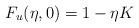
LaTeX: \begin{align*}F_u(\eta,0)=1- \eta K\end{align*}